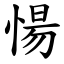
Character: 愓